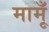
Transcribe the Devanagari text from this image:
मामूँ